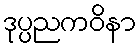
ဒုပ္ပညကဝိနာ